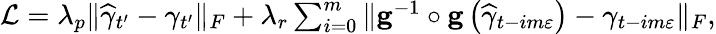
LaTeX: \begin{array}{r}{\mathcal{L}=\lambda_{p}\Vert\widehat{\gamma}_{t^{\prime}}-\gamma_{t^{\prime}}\Vert_{F}+\lambda_{r}\sum_{i=0}^{m}\Vert\mathbf{g}^{-1}\circ\mathbf{g}\left(\widehat{\gamma}_{t-im\varepsilon}\right)-\gamma_{t-im\varepsilon}\Vert_{F},}\end{array}